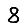
Digit: 8